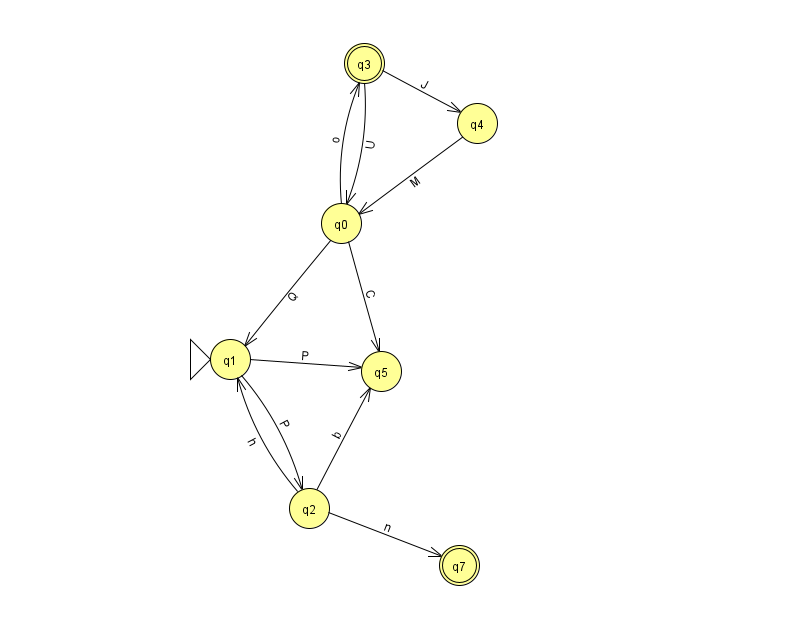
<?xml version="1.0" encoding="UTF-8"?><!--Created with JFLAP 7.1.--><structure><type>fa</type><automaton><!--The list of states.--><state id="0" name="q0"><x>341.0</x><y>210.0</y></state><state id="1" name="q1"><x>230.0</x><y>346.0</y><initial/></state><state id="2" name="q2"><x>309.0</x><y>495.0</y></state><state id="3" name="q3"><x>364.0</x><y>50.0</y><final/></state><state id="4" name="q4"><x>477.0</x><y>110.0</y></state><state id="5" name="q5"><x>381.0</x><y>358.0</y></state><state id="7" name="q7"><x>459.0</x><y>552.0</y><final/></state><!--The list of transitions.--><transition><from>1</from><to>2</to><read>P</read></transition><transition><from>4</from><to>0</to><read>M</read></transition><transition><from>3</from><to>4</to><read>J</read></transition><transition><from>0</from><to>1</to><read>Q</read></transition><transition><from>3</from><to>0</to><read>U</read></transition><transition><from>2</from><to>1</to><read>h</read></transition><transition><from>2</from><to>5</to><read>b</read></transition><transition><from>1</from><to>5</to><read>P</read></transition><transition><from>2</from><to>7</to><read>n</read></transition><transition><from>0</from><to>5</to><read>C</read></transition><transition><from>0</from><to>3</to><read>o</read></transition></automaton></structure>